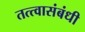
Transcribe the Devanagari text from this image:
तत्त्वासंबंधी